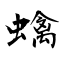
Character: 蠄